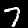
Label: 7